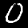
Label: 0